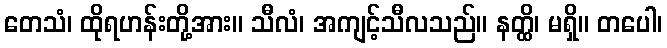
တေသံ၊ ထိုရဟန်းတို့အား။ သီလံ၊ အကျင့်သီလသည်။ နတ္ထိ၊ မရှိ။ တပေါ၊